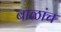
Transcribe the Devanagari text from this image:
बाळांच